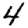
Digit: 4